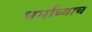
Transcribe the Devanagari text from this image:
धर्माच्याच